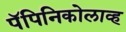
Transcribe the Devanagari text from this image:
पॅपिनिकोलाव्ह